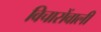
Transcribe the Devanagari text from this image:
विचारोंवाली